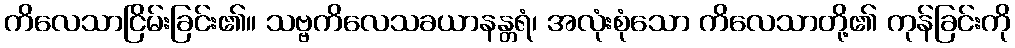
ကိလေသာငြိမ်းခြင်း၏။ သဗ္ဗကိလေသခယာနန္တရံ၊ အလုံးစုံသော ကိလေသာတို့၏ ကုန်ခြင်းကို